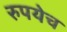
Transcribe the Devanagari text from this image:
रुपयेच